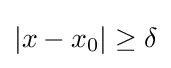
|x-x_{0}|\geq \delta